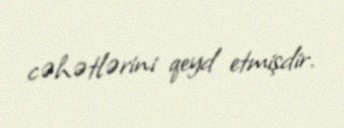
cəhətlərini qeyd etmişdir.